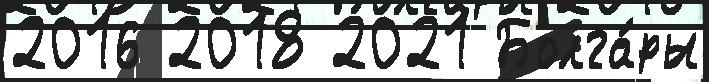
2016 2018 2021 Болга́ры